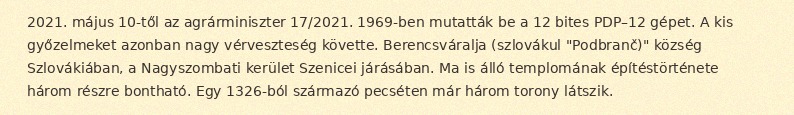
2021. május 10-től az agrárminiszter 17/2021. 1969-ben mutatták be a 12 bites PDP–12 gépet. A kis győzelmeket azonban nagy vérveszteség követte. Berencsváralja (szlovákul "Podbranč)" község Szlovákiában, a Nagyszombati kerület Szenicei járásában. Ma is álló templomának építéstörténete három részre bontható. Egy 1326-ból származó pecséten már három torony látszik.